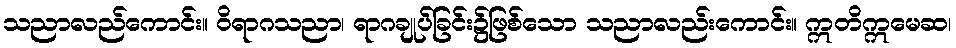
သညာလည်ကောင်း။ ဝိရာဂသညာ၊ ရာဂချုပ်ခြင်း၌ဖြစ်သော သညာလည်းကောင်း။ ဣတိဣမေဆ၊